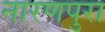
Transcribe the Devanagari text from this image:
नारणपुरा